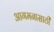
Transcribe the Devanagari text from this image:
आगमनासाठी